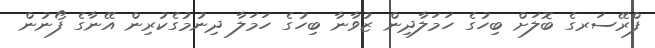
ފްރޭސަރގެ ބޮލަށް ބިހުގެ ހަމަލާދިން ޒުވާނާ ބިހުގެ ހަމަލާ ދިނުމުގެކުރިން އޭނާގެ ފޯނުން